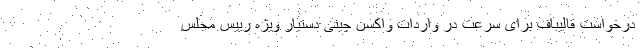
درخواست قالیباف برای سرعت در واردات واکسن چینی دستیار ویژه رییس مجلس